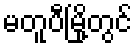
မတူပီမြို့တွင်